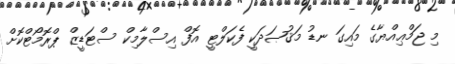
މި ޖަމްޢިއްޔާގެ މައިގަ ނޑު މަޤުޞަދަކީ ފެކަލްޓީ އޮފް އިސްލާމިކް ސްޓަޑީޒް ޕްރޮމޯޓްކޮށް